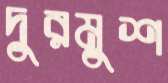
দুরমুশ